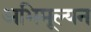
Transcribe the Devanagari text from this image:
अभिमूल्यन